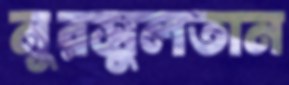
নুরসুলতান